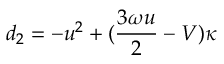
d _ { 2 } = - u ^ { 2 } + ( \frac { 3 \omega u } { 2 } - V ) \kappa